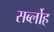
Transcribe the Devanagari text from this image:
सर्ब्लोह